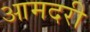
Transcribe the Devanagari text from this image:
आमदरी